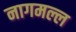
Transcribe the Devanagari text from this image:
नागमल्ल